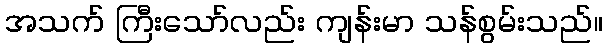
အသက် ကြီးသော်လည်း ကျန်းမာ သန်စွမ်းသည်။